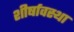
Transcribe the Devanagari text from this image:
शीर्षावस्था